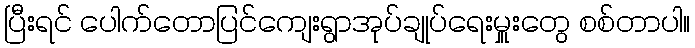
ပြီးရင် ပေါက်တောပြင်ကျေးရွာအုပ်ချုပ်ရေးမှူးတွေ စစ်တာပါ။